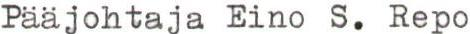
Pääjohtaja Eino S. Repo